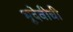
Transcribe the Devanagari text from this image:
भूदेवीची